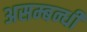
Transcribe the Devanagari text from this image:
असम्बन्धी